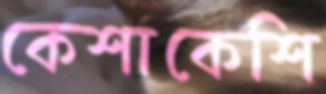
কেশাকেশি